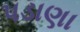
પડાણા